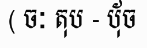
( ចៈ តុប - ប៉័ច